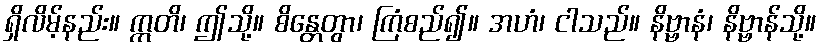
ရှိလိမ့်နည်း။ ဣတိ၊ ဤသို့။ စိန္တေတွာ၊ ကြံစည်၍။ အဟံ၊ ငါသည်။ နိဗ္ဗာနံ၊ နိဗ္ဗာန်သို့။